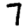
Digit: 7